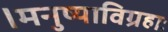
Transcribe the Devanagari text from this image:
।मनुष्याविग्रहाः